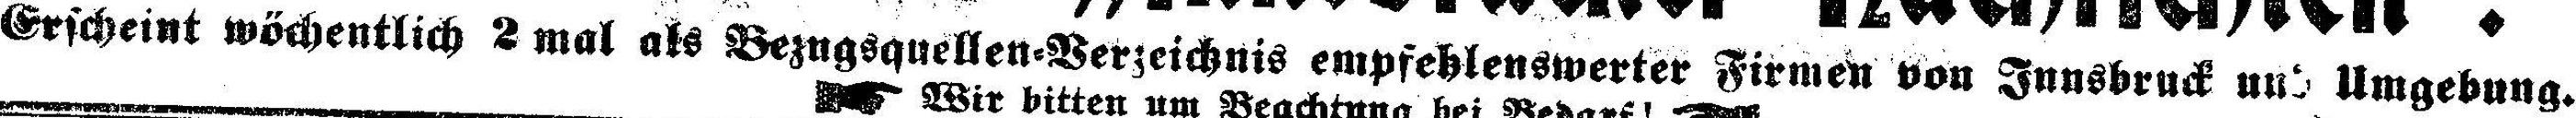
Erscheint wöchentlich 2 mal als Bezugsquellen-Verzeichnis empfehlenswerter Firmen von Innsbruck und Umgebung.